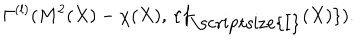
\Gamma ^ { ( l ) } ( M ^ { 2 } ( X ) - \chi ( X ) , \, \{ f _ { \mathrm { \scriptsize { I } } } ( X ) \} ) .